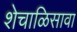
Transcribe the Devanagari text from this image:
शेचाळिसावा